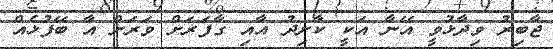
ޖާބިރު ވިދާޅުވީ އޭނާ އަކީ ކާށިދު އާއި ގާފަރަށް ވަރަށް އާ ބޭފުޅެއް